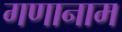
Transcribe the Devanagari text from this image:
गणानाम